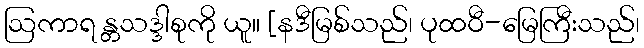
ဩကာရ န္တသဒ္ဒါစုကို ယူ။ [နဒီမြစ်သည်၊ ပုထဝီ-မြေကြီးသည်၊